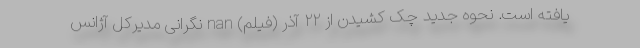
یافته است. نحوه جدید چک کشیدن از ۲۲ آذر (فیلم) nan نگرانی مدیرکل آژانس